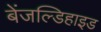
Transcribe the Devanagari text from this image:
बेंजल्डिहाइड